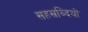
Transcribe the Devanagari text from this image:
सहस्रब्दियों